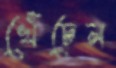
খেঁচেন